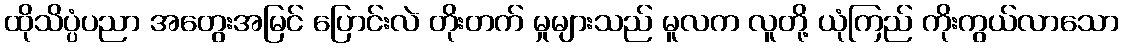
ထိုသိပ္ပံပညာ အတွေးအမြင် ပြောင်းလဲ တိုးတက် မှုများသည် မူလက လူတို့ ယုံကြည် ကိုးကွယ်လာသော